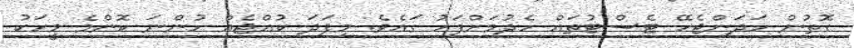
ގޮތުން ހަދަންޖެހޭ ޓެސްޓުތައް ހެދުމަށްފަހު ގައެވެ. މިފަދަ ކުއްޖެއް ހުންނަ ކޮންމެ މީހަކު